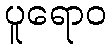
ပူရောဝ